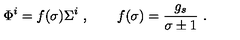
\Phi ^ { i } = f ( \sigma ) \Sigma ^ { i } \ , \qquad f ( \sigma ) = { \frac { g _ { s } } { \sigma \pm 1 } } \ .